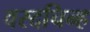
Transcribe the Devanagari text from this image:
वरदचिन्ह